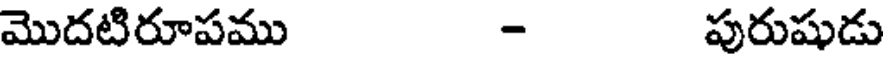
మొదటిరూపము - పురుషుడు